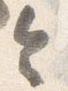
令